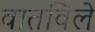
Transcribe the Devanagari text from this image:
वातविले